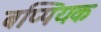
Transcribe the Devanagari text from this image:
बप्पियक